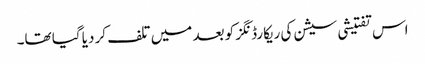
اس تفتیشی سیشن کی ریکارڈنگز کو بعد میں تلف کر دیا گیا تھا۔